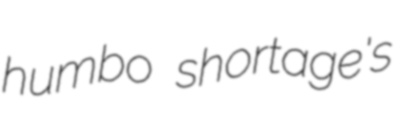
humbo shortage's